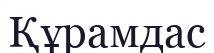
Құрамдас